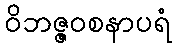
ဝိဘဇ္ဇဝစနာပရံ